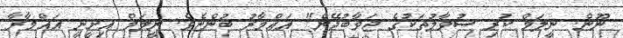
ނޫން. ނީލަމް ކުރި ސުވާލުތަކުގެ ޖަވާބުދޭން" އައްމާރު ބުންޏެވެ. ނީލަމް އިށީނީ އައްމާރާ